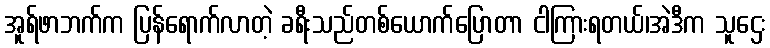
အူရ်ဖာဘက်က ပြန်ရောက်လာတဲ့ ခရီးသည်တစ်ယောက်ပြောတာ ငါကြားရတယ်၊အဲဒီက သူဌေး